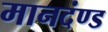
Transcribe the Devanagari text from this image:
मानदंण्ड